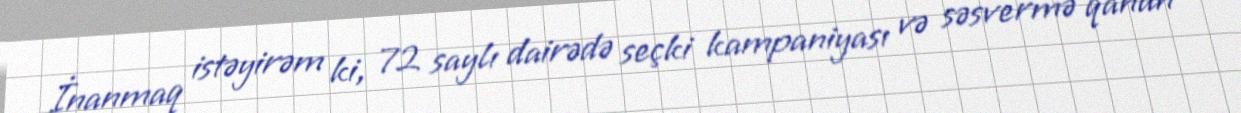
İnanmaq istəyirəm ki, 72 saylı dairədə seçki kampaniyası və səsvermə qanun